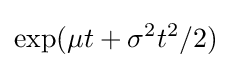
\exp(\mu t+\sigma ^{2}t^{2}/2)